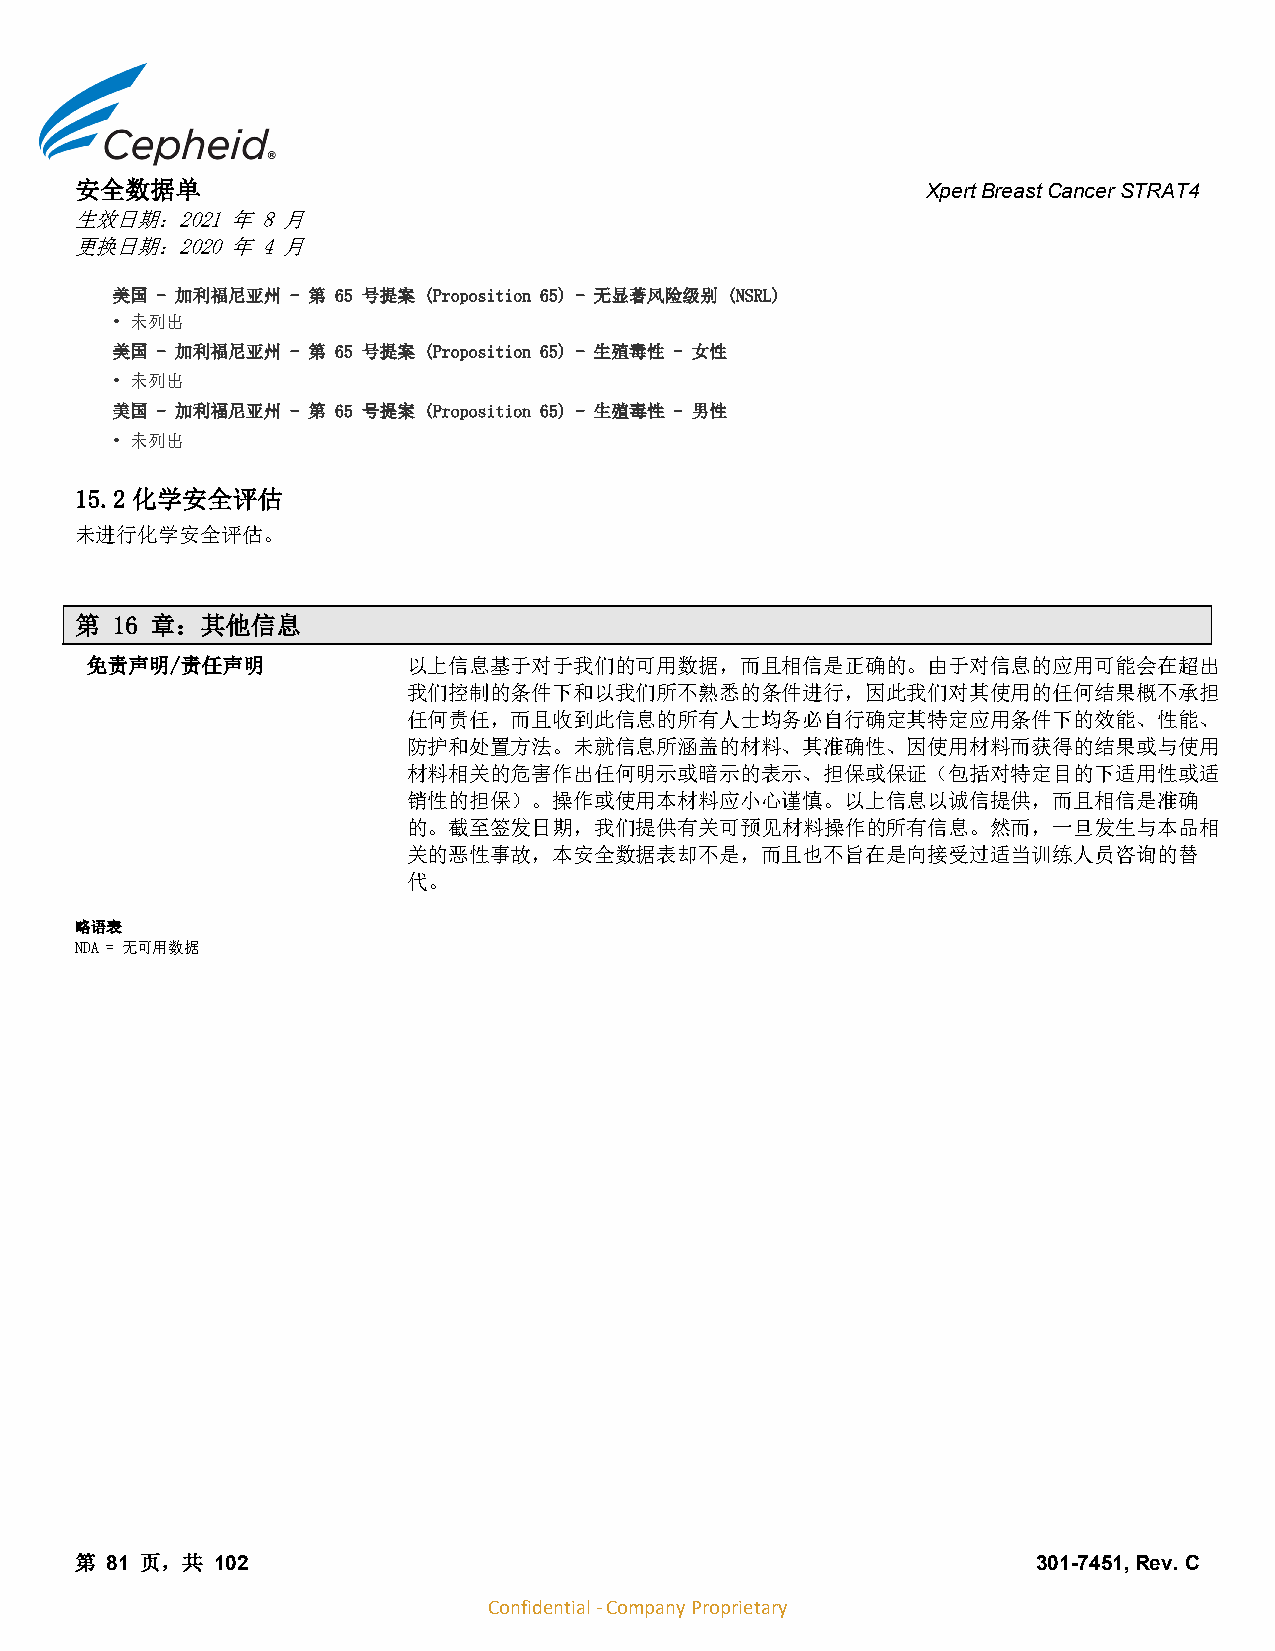
安全数据单
 Xpert Breast Cancer STRAT4
 生效日期：2021 年 8 月
 更换日期：2020 年 4 月
 美国 - 加利福尼亚州 - 第 65 号提案 (Proposition 65) - 无显著风险级别 (NSRL)
 • 未列出
 美国 - 加利福尼亚州 - 第 65 号提案 (Proposition 65) - 生殖毒性 - 女性
 • 未列出
 美国 - 加利福尼亚州 - 第 65 号提案 (Proposition 65) - 生殖毒性 - 男性
 • 未列出
 15.2 化学安全评估
 未进行化学安全评估。
 第 16 章：其他信息
 免责声明/责任声明            以上信息基于对于我们的可用数据，而且相信是正确的。由于对信息的应用可能会在超出
 我们控制的条件下和以我们所不熟悉的条件进行，因此我们对其使用的任何结果概不承担
 任何责任，而且收到此信息的所有人士均务必自行确定其特定应用条件下的效能、性能、
 防护和处置方法。未就信息所涵盖的材料、其准确性、因使用材料而获得的结果或与使用
 材料相关的危害作出任何明示或暗示的表示、担保或保证（包括对特定目的下适用性或适
 销性的担保）。操作或使用本材料应小心谨慎。以上信息以诚信提供，而且相信是准确
 的。截至签发日期，我们提供有关可预见材料操作的所有信息。然而，一旦发生与本品相
 关的恶性事故，本安全数据表却不是，而且也不旨在是向接受过适当训练人员咨询的替
 代。
 略语表
 NDA = 无可用数据
 第 81 页，共 102                                                    301-7451, Rev. C
 Confidential - Company Proprietary